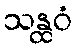
သန္ထဝံ